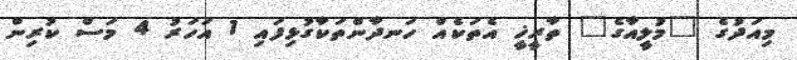
މިއަދުގެ "މުލީއާގެ" ތާރީޚީ އެތަކެއް ހަނދާންތަކާގުޅިފައި 1 އަހަރު 4 މަސް ކުރިން